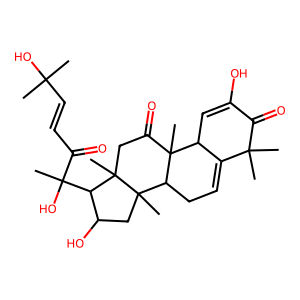
SMILES: CC(C)(O)C=CC(=O)C(C)(O)C1C(O)CC2(C)C3CC=C4C(C=C(O)C(=O)C4(C)C)C3(C)C(=O)CC12C
Inhibits HIV replication: No